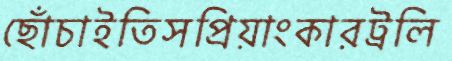
ছোঁচাইতিসপ্রিয়াংকারট্রলি